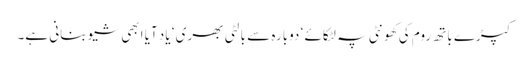
کپڑے باتھ روم کی کھونٹی پہ لٹکائے ‘ دوبارہ سے بالٹی بھری ‘ یاد آیا ابھی شیو بنانی ہے۔